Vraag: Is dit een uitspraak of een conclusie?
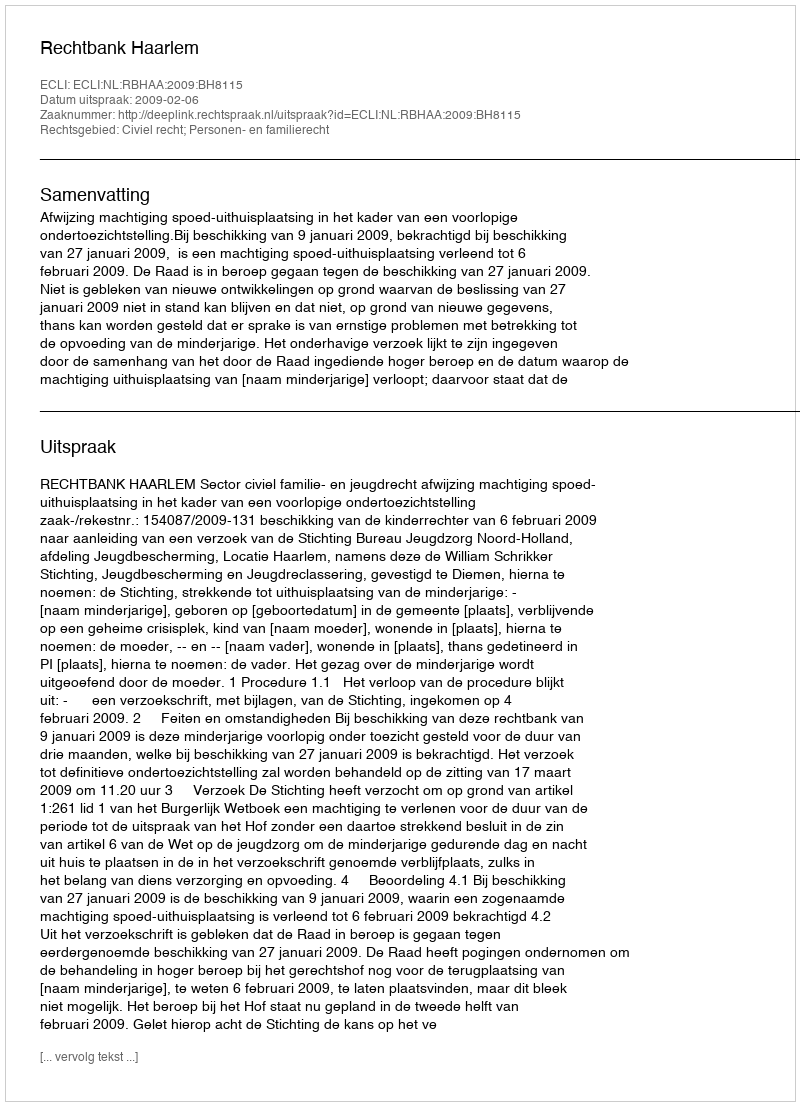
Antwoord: Uitspraak